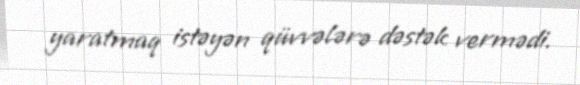
yaratmaq istəyən qüvvələrə dəstək vermədi.